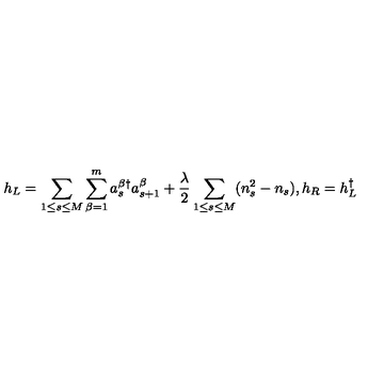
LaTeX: h _ { L } = \sum _ { 1 \leq s \leq M } \sum _ { \beta = 1 } ^ { m } a _ { s } ^ { \beta \dag } a _ { s + 1 } ^ { \beta } + \frac { \lambda } { 2 } \sum _ { 1 \leq s \leq M } ( n _ { s } ^ { 2 } - n _ { s } ) , h _ { R } = h _ { L } ^ { \dag }